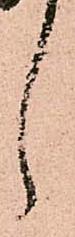
々